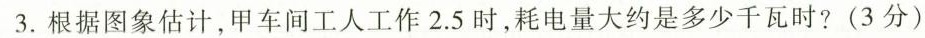
3.根据图象估计，甲车间工人工作2.5时，耗电量大约是多少千瓦时?(3分)